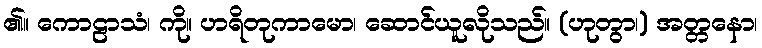
၏။ ကောဠာသံ၊ ကို။ ဟရိတုကာမော၊ ဆောင်ယူလိုသည်။ (ဟုတွာ၊) အတ္တနော၊